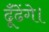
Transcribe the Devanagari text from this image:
ढूँढेंगे।